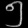
Digit: ၅